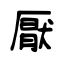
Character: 厭